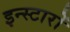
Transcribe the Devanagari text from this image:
इन्स्टारों